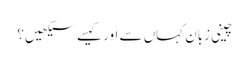
چینی زبان کہاں سے اور کیسے سیکھیں؟